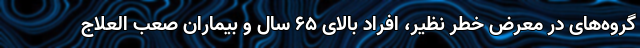
گروه‌های در معرض خطر نظیر، افراد بالای ۶۵ سال و بیماران صعب العلاج